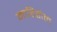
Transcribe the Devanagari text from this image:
माहिडोल